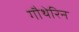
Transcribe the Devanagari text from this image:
गौथेरिन